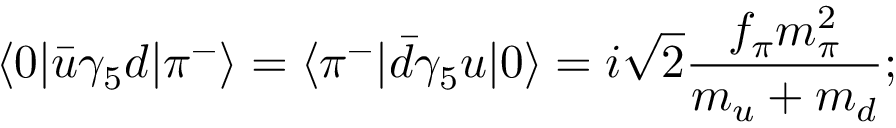
\langle 0 | \bar { u } \gamma _ { 5 } d | \pi ^ { - } \rangle = \langle \pi ^ { - } | \bar { d } \gamma _ { 5 } u | 0 \rangle = i \sqrt { 2 } { \frac { f _ { \pi } m _ { \pi } ^ { 2 } } { m _ { u } + m _ { d } } } ;